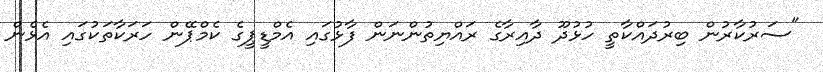
"ސަރުކާރުން ބިރުދައްކާތީ ހުޅުދޫ ދާއިރާގެ ރައްޔިތުންނަން ފާޅުގައި އެމްޑީޕީގެ ކެމްޕޭން ހަރަކާތަކުގައި އެޅެން